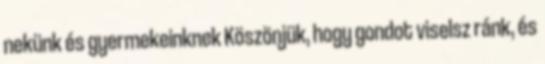
nekünk és gyermekeinknek Köszönjük, hogy gondot viselsz ránk, és